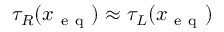
\tau _ { R } ( x _ { \mathrm { ~ e ~ q ~ } } ) \approx \tau _ { L } ( x _ { \mathrm { ~ e ~ q ~ } } )